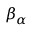
\boldsymbol { \beta } _ { \alpha }